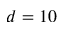
d = 1 0